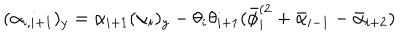
( \alpha _ { i , i + 1 } ) _ { y } = \alpha _ { i + 1 } ( \alpha _ { i } ) _ { y } - \theta _ { i } \theta _ { i + 1 } ( \bar { \phi } _ { i } ^ { ( 2 } + \bar { \alpha } _ { i - 1 } - \bar { \alpha } _ { i + 2 } )